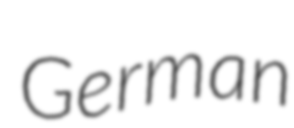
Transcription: German